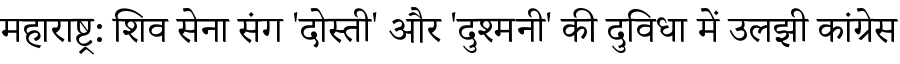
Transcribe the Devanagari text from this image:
महाराष्ट्र: शिव सेना संग 'दोस्ती' और 'दुश्मनी' की दुविधा में उलझी कांग्रेस